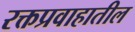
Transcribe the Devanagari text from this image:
रक्तप्रवाहातील